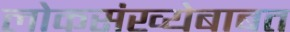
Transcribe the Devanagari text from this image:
लोकसंख्येबाबत